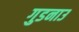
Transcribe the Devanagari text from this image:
गुडनाउ